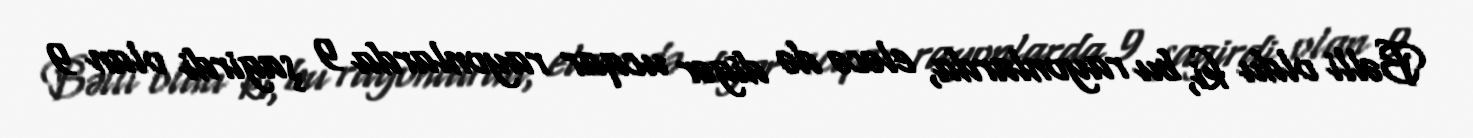
Bəlli oldu ki, bu rayonlarda, eləcə də digər ucqar rayonlarda 9 şagirdi olan 9